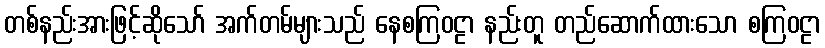
တစ်နည်းအားဖြင့်ဆိုသော် အက်တမ်များသည် နေစကြဝဠာ နည်းတူ တည်ဆောက်ထားသော စကြဝဠာ